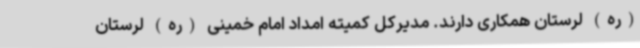
(ره) لرستان همکاری دارند. مدیرکل کمیته امداد امام خمینی (ره) لرستان